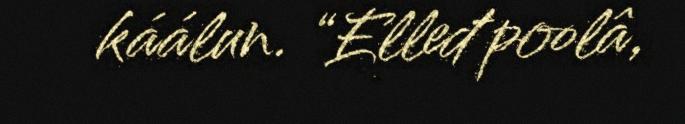
káálun. “Elleđ poolâ,